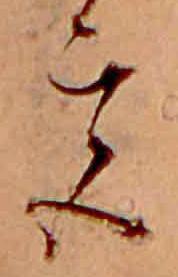
宮